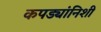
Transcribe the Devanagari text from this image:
कपड्यांनिशी